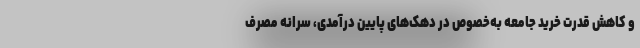
و کاهش قدرت خرید جامعه به‌خصوص در دهک‌های پایین درآمدی، سرانه مصرف